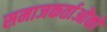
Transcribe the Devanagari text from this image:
समाजकर्ताओंको